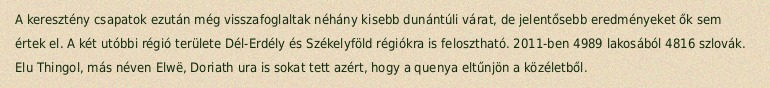
A keresztény csapatok ezután még visszafoglaltak néhány kisebb dunántúli várat, de jelentősebb eredményeket ők sem értek el. A két utóbbi régió területe Dél-Erdély és Székelyföld régiókra is felosztható. 2011-ben 4989 lakosából 4816 szlovák. Elu Thingol, más néven Elwë, Doriath ura is sokat tett azért, hogy a quenya eltűnjön a közéletből.